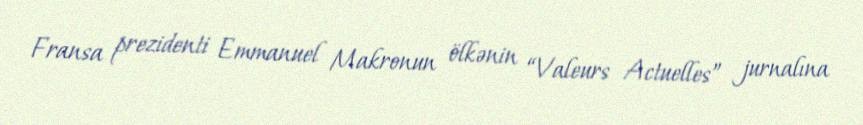
Fransa prezidenti Emmanuel Makronun ölkənin “Valeurs Actuelles” jurnalına